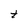
Character: t